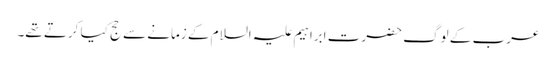
عرب کے لوگ حضرت ابراہیم علیہ السلام کے زمانے سے حج کیا کرتے تھے۔